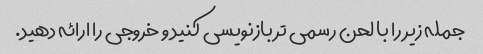
جمله زیر را با لحن رسمی تر بازنویسی کنید و خروجی را ارائه دهید.